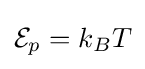
{\mathcal {E}}_{p}=k_{B}T